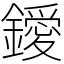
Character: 鑀